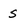
Character: s